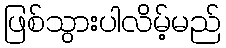
ဖြစ်သွားပါလိမ့်မည်